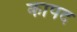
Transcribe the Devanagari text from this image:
कापद